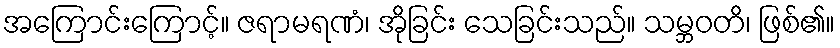
အကြောင်းကြောင့်။ ဇရာမရဏံ၊ အိုခြင်း သေခြင်းသည်။ သမ္ဘဝတိ၊ ဖြစ်၏။